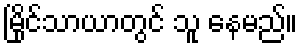
မြိုင်သာယာတွင် သူ နေမည်။